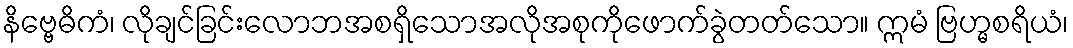
နိဗ္ဗေဓိကံ၊ လိုချင်ခြင်းလောဘအစရှိသောအလိုအစုကိုဖောက်ခွဲတတ်သော။ ဣမံ ဗြဟ္မစရိယံ၊